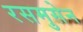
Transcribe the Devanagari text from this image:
रसमुसेन